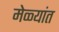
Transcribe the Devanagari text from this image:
मेळ्यांत